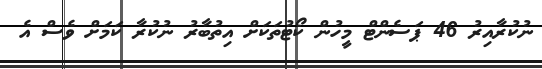
ނުކުރާއިރު 46 ޕަސެންޓް މީހުން ކޯޓުތަކަށް އިތުބާރު ނުކުރާ ކަމަށް ވެސް އެ